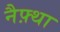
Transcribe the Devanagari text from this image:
नैफ़्था